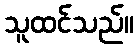
သူထင်သည်။